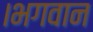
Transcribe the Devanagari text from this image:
।भगवान